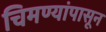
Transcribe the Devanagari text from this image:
चिमण्यांपासून